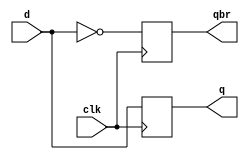
// __________________________________________________
// D Flip Flop.......................................
// __________________________________________________

module d_ff(q,qbr,clk,d);
  
  output reg q;
  output reg qbr;
  input clk,d;

  always @(posedge clk)
    begin
      q <= d;
      qbr <= ~d;
    end

endmodule